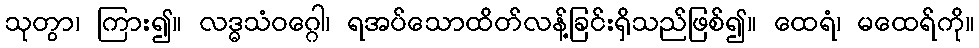
သုတွာ၊ ကြား၍။ လဒ္ဓသံဝဂ္ဂေါ၊ ရအပ်သောထိတ်လန့်ခြင်းရှိသည်ဖြစ်၍။ ထေရံ၊ မထေရ်ကို။